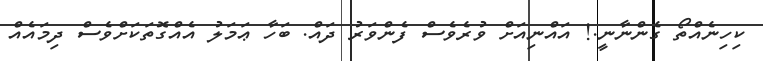
ކިހިނެއްތޯ ގެންނާނީ.! އައްނިއަށް ވުރެވެސް ފެންވަރު ދައް. ބަހާ ޢަމަލު އެއްގޮތަކަށްވެސް ދިމައެއް